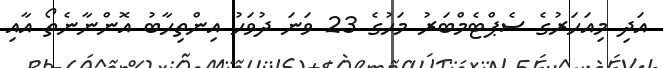
އަދި މިއަހަރުގެ ސެޕްޓެމްބަރު މަހުގެ 23 ވަނަ ދުވަހު އިންތިހާބު އޮންނާނެތޯ އާއި